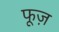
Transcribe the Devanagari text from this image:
फूज़